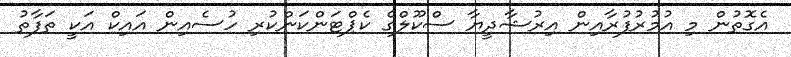
އެގޮތުން މި އުމުރުފުރާއިން އިރުޝާދީޔާ ސްކޫލްގެ ކެޕްޓަންކަންކުރި ހުސެއިން އައިކް އަކީ ތަފާތު